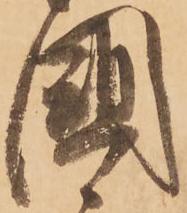
國